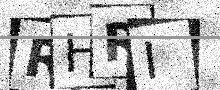
Text: RHRI